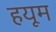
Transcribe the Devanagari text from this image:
हयूम